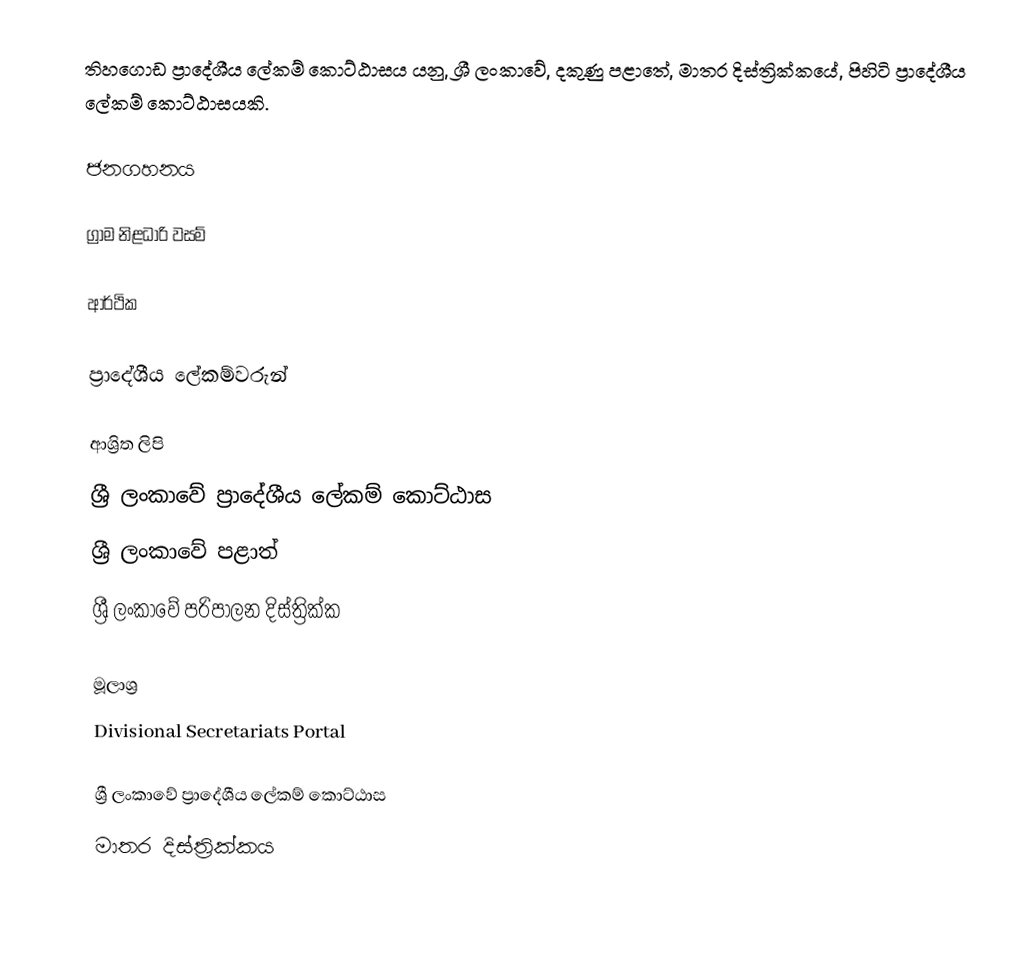
තිහගොඩ ප්‍රාදේශීය ලේකම් කොට්ඨාසය යනු,  ශ්‍රී ලංකාවේ, දකුණු පළාතේ,   මාතර දිස්ත්‍රික්කයේ, පිහිටි ප්‍රාදේශීය ලේකම් කොට්ඨාසයකි.

ජනගහනය

ග්‍රාම නිළධාරි වසම්

ආර්ථික

ප්‍රාදේශීය ලේකම්වරුන්

ආශ්‍රිත ලිපි
ශ්‍රී ලංකාවේ ප්‍රාදේශීය ලේකම් කොට්ඨාස
ශ්‍රී ලංකාවේ පළාත්
ශ්‍රී ලංකාවේ පරිපාලන දිස්ත්‍රික්ක

මූලාශ්‍ර
 Divisional Secretariats Portal

ශ්‍රී ලංකාවේ ප්‍රාදේශීය ලේකම් කොට්ඨාස
මාතර දිස්ත්‍රික්කය